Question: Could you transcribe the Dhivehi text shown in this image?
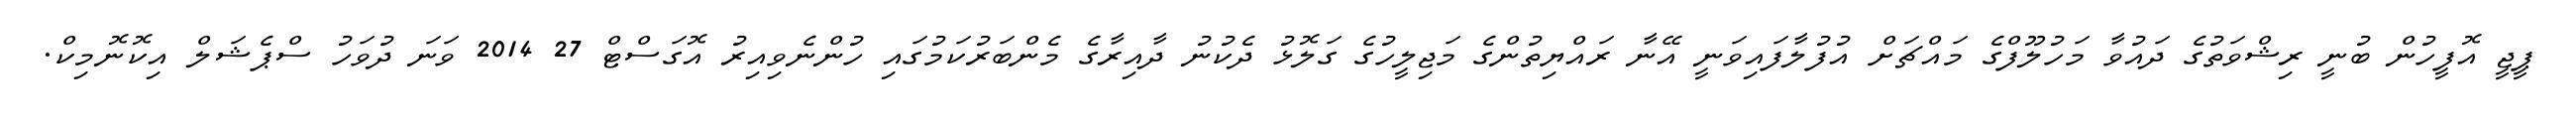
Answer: ޕީޖީ އޮފީހުން ބުނީ ރިޝްވަތުގެ ދައުވާ މަހުލޫފްގެ މައްޗަށް އުފުލާފައިވަނީ އޭނާ ރައްޔިތުންގެ މަޖިލީހުގެ ގަލޮޅު ދެކުނު ދާއިރާގެ މެންބަރުކަމުގައި ހުންނެވިއިރު އޮގަސްޓް 27 2014 ވަނަ ދުވަހު ސްޕެޝަލް އިކޮނޮމިކް.